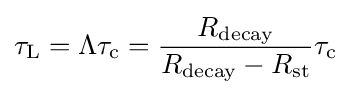
\tau _{\rm {L}}=\Lambda \tau _{\rm {c}}={\frac {R_{\rm {decay}}}{R_{\rm {decay}}-R_{\rm {st}}}}\tau _{\rm {c}}